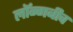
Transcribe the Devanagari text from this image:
लॉन्गबीच